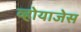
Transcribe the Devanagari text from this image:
व्होयाजेस